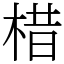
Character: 棤